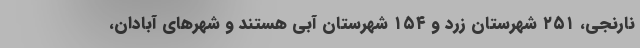
نارنجی، ۲۵۱ شهرستان زرد و ۱۵۴ شهرستان آبی هستند و شهرهای آبادان،